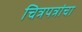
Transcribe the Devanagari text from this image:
चित्रपत्रांचा